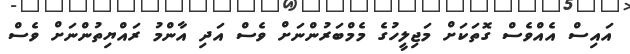
އައިސް އެއްވެސް ގޮތަކަށް މަޖިލީހުގެ މެމްބަރުންނަށް ވެސް އަދި އާންމު ރައްޔިތުންނަށް ވެސް